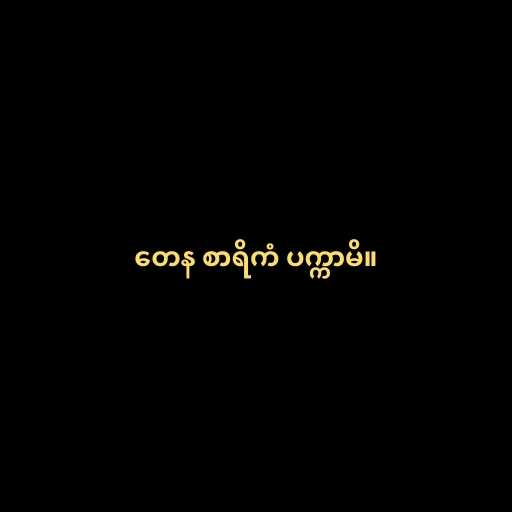
တေန စာရိကံ ပက္ကာမိ။